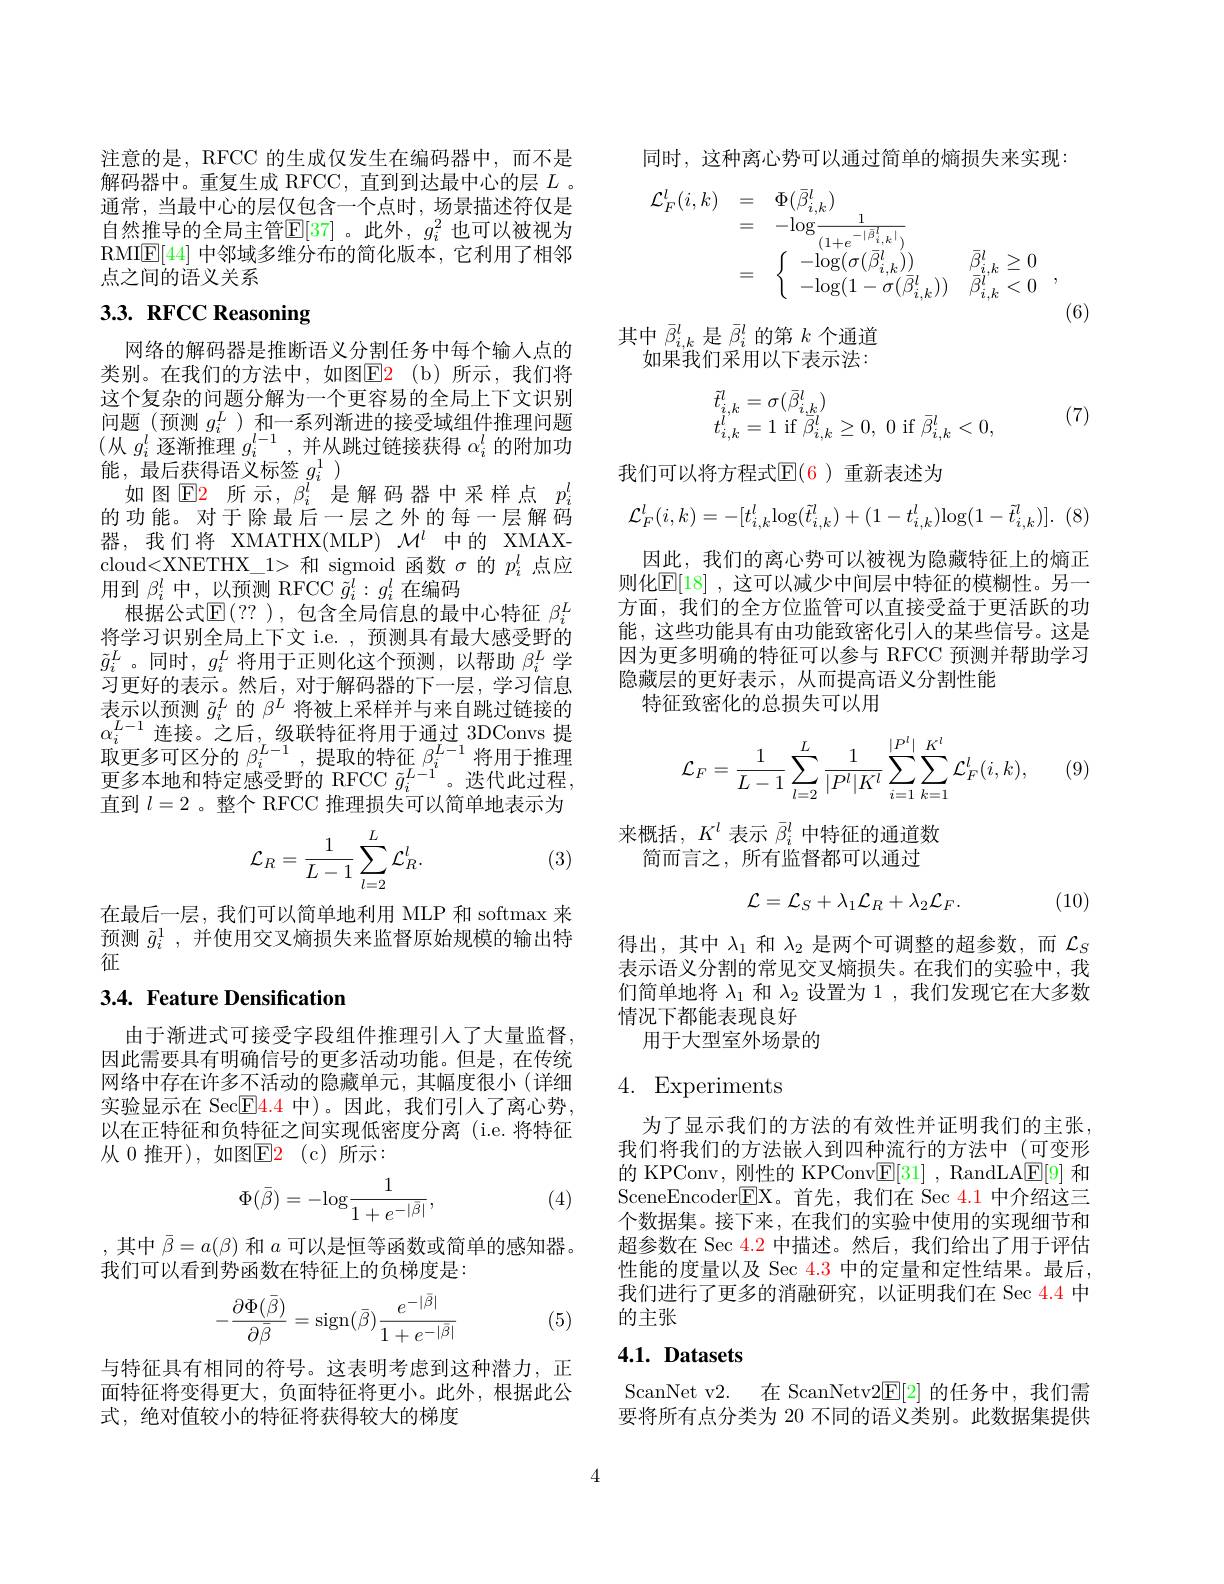
注意的是，RFCC 的生成仅发生在编码器中，而不是解码器中。重复生成 RFCC, 直到到达最中心的层$L$ 。通常，当最中心的层仅包含一个点时，场景描述符仅是自然推导的全局主管$\mathbb{E}[37]$。此外，$g_i^2$ 也可以被视为RMIE[44] 中邻域多维分布的简化版本，它利用了相邻点之间的语义关系

# 3.3. RFCC Reasoning

网络的解码器是推断语义分割任务中每个输人点的类别。在我们的方法中，如图$\color{red}{\mathrm{E2}}\:($b)所示，我们将这个复杂的问题分解为一个更容易的全局上下文识别问题，(预测$g_i^L$ )和一系列渐进的接受域组件推理问题(从$g_i^l$逐渐推理$g_i^l-1$,并从跳过链接获得$\alpha_i^l$的附加功能，最后获得语义标签$g_i^1)$
如图$\operatorname{E2}$所示，$\beta_i^l$是解码器中采样点$p_i^l$ 的功能。对于除最后一层之外的每一层解码器，我们将 XMATHX(MLP) $\mathcal{M}^l$中的 XMAXcloud<XNETHX\_1>和 sigmoid 函数$\sigma$的$p_i^l$点应用到$\beta_i^l$中，以预测 RFCC $\tilde{g}_i^l:g_i^l$在编码
根据公式$\mathbb{E}(??)$,包含全局信息的最中心特征 $\beta_i^L$ 将学习识别全局上下文 i.e. ,预测具有最大感受野的$\tilde{g}_i^L$。同时$,g_i^L$将用于正则化这个预测，以帮助 $\beta_i^L$ 学习更好的表示。然后，对于解码器的下一层，学习信息表示以预测$\tilde{g}_i^L$的$\beta^L$将被上采样并与来自跳过链接的$\alpha_i^{L-1}$连接。之后，级联特征将用于通过 3DConvs 提取更多可区分的$\beta_i^{L-1}$,提取的特征$\beta_i^{L-1}$将用于推理更多本地和特定感受野的 RFCC $\tilde{g}_i^{L-1}$。迭代此过程， 直到$l=2$ 。整个 RFCC 推理损失可以简单地表示为

(3)
$$\mathcal{L}_{R}=\frac{1}{L-1}\sum_{l=2}^{L}\mathcal{L}_{R}^{l}.$$
在最后一层，我们可以简单地利用 MLP 和 softmax 来预测$\tilde{g}_i^1$,并使用交叉熵损失来监督原始规模的输出特征

## 3.4. Feature Densification

由于渐进式可接受字段组件推理引人了大量监督， 因此需要具有明确信号的更多活动功能。但是，在传统网络中存在许多不活动的隐藏单元，其幅度很小(详细实验显示在 Sec$\boxed{\mathrm{F}}\color{red}{4.4}$ 中)。因此，我们引人了离心势， 以在正特征和负特征之间实现低密度分离 (i.e.将特征从 0 推开),如图$\color{red}{\mathrm{E2}}\:($c)所示：
$$\Phi(\bar{\beta})=-\mathrm{log}\frac{1}{1+e^{-|\bar{\beta}|}},$$
(4)

,其中$\bar{\beta}=a(\beta)$和$a$可以是恒等函数或简单的感知器。
我们可以看到势函数在特征上的负梯度是：
$$\begin{aligned}-\frac{\partial\Phi(\bar{\beta})}{\partial\bar{\beta}}=\operatorname{sign}(\bar{\beta})\frac{e^{-|\bar{\beta}|}}{1+e^{-|\bar{\beta}|}}\end{aligned}$$
(5)

与特征具有相同的符号。这表明考虑到这种潜力，正面特征将变得更大，负面特征将更小。此外，根据此公式，绝对值较小的特征将获得较大的梯度

同时，这种离心势可以通过简单的熵损失来实现：
$$\left.\begin{aligned}\mathcal{L}_{F}^{l}(i,k)&=\quad\Phi(\bar{\beta}_{i,k}^{l})\\&=\quad-\mathrm{log}\frac{1}{(1+e^{-|\bar{\beta}_{i,k}^{l}|})}\\&=\quad\left\{\begin{array}{ccc}-\log(\sigma(\bar{\beta}_{i,k}^{l}))&\bar{\beta}_{i,k}^{l}\geq0\\-\log(1-\sigma(\bar{\beta}_{i,k}^{l}))&\bar{\beta}_{i,k}^{l}<0\end{array}\right.,\end{aligned}\right.$$
(6)

其中$\bar{\beta}_{i,k}^l$是$\bar{\beta}_i^l$的第$k$个通道
如果我们采用以下表示法：
$$\begin{array}{l}\tilde{t}_{i,k}^l=\sigma(\bar{\beta}_{i,k}^l)\\t_{i,k}^l=1\:\mathrm{if}\:\bar{\beta}_{i,k}^l\geq0,\:0\:\mathrm{if}\:\bar{\beta}_{i,k}^l<0,\end{array}$$
(7)

我们可以将方程式$\mathbb{E}(6)$ 重新表述为
$$\mathcal{L}_{F}^{l}(i,k)=-[t_{i,k}^{l}\mathrm{log}(\tilde{t}_{i,k}^{l})+(1-t_{i,k}^{l})\mathrm{log}(1-\tilde{t}_{i,k}^{l})].$$
因此，我们的离心势可以被视为隐藏特征上的熵正则化$\mathbb{E}[18]$ ,这可以减少中间层中特征的模糊性。另一方面，我们的全方位监管可以直接受益于更活跃的功能，这些功能具有由功能致密化引人的某些信号。这是因为更多明确的特征可以参与 RFCC 预测并帮助学习隐藏层的更好表示，从而提高语义分割性能
特征致密化的总损失可以用
$$\begin{aligned}\mathcal{L}_{F}=\frac{1}{L-1}\sum_{l=2}^{L}\frac{1}{|P^{l}|K^{l}}\sum_{i=1}^{|P^{l}|}\sum_{k=1}^{K^{l}}\mathcal{L}_{F}^{l}(i,k),\end{aligned}$$
(9)

来概括，$K^l$表示$\bar{\beta}_i^l$中特征的通道数
简而言之，所有监督都可以通过

(10)
$$\mathcal{L}=\mathcal{L}_{S}+\lambda_{1}\mathcal{L}_{R}+\lambda_{2}\mathcal{L}_{F}.$$
得出，其中$\lambda_1$和$\lambda_2$是两个可调整的超参数，而$\mathcal{L}_S$ 表示语义分割的常见交叉熵损失。在我们的实验中，我们简单地将$\lambda_1$和$\lambda_2$设置为 1 ,我们发现它在大多数情况下都能表现良好
用于大型室外场景的

## 4. Experiments

为了显示我们的方法的有效性并证明我们的主张， 我们将我们的方法嵌入到四种流行的方法中(可变形的 KPConv, 刚性的 KPConv$\underline {\mathrm{E} }[ 31]$ , RandLA$\underline{\mathrm{E}}[9]$和SceneEncoder$\boxed{\mathrm{F}}$X。首先，我们在 Sec 4.1 中介绍这三个数据集。接下来，在我们的实验中使用的实现细节和超参数在 Sec 4.2 中描述。然后，我们给出了用于评估性能的度量以及 Sec $\color{red}{4.3}$ 中的定量和定性结果。最后， 我们进行了更多的消融研究，以证明我们在 Sec $\color{red}{4.4}$中的主张

### $4. 1. \textbf{Datasets}$

ScanNet v2. 在 ScanNetv2E[2]的任务中，我们需要将所有点分类为 20 不同的语义类别。此数据集提供

4